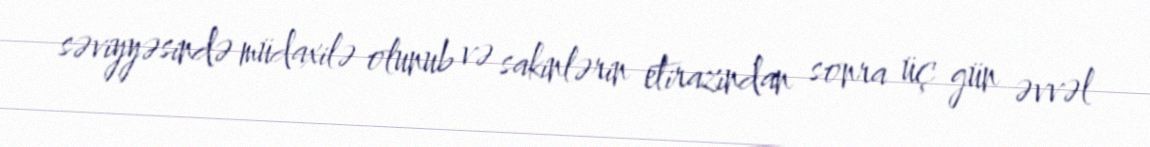
səviyyəsində müdaxilə olunub və sakinlərin etirazından sonra üç gün əvvəl